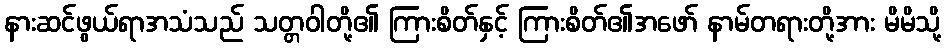
နားဆင်ဖွယ်ရာအသံသည် သတ္တဝါတို့၏ ကြားစိတ်နှင့် ကြားစိတ်၏အဖော် နာမ်တရားတို့အား မိမိသို့